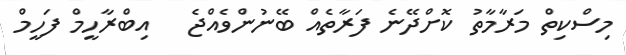
މިސްކިތް މަރާމާތު ކޮށްދޭނެ ފަރާތެއް ބޭނުންވެއްޖެ   އިބްރާހީމް ފަހީމް